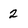
Character: 2